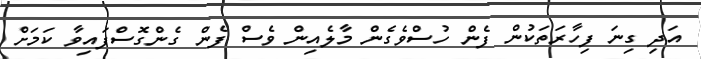
އަދި ގިނަ ފިހާރަތަކުން ފެން ހުސްވެގެން މާލެއިން ވެސް ފެން ގެންގޮސްފައިވާ ކަމަށް